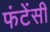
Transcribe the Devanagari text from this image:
फंटेंसी